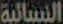
النسائية